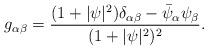
LaTeX: \begin{align*}g_{\alpha\beta}=\frac{(1+\vert\psi\vert^2)\delta_{\alpha\beta}-\bar\psi_\alpha\psi_\beta}{(1+\vert\psi\vert^2)^2}.\end{align*}